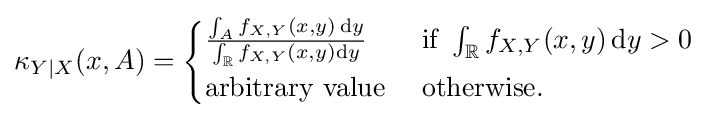
\kappa _{Y\mid X}(x,A)={\begin{cases}{\frac {\int _{A}f_{X,Y}(x,y)\,\mathrm {d} y}{\int _{\mathbb {R} }f_{X,Y}(x,y)\mathrm {d} y}}&{\text{ if }}\int _{\mathbb {R} }f_{X,Y}(x,y)\,\mathrm {d} y>0\\[3pt]{\text{arbitrary value}}&{\text{ otherwise}}.\end{cases}}